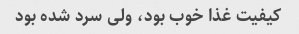
کیفیت غذا خوب بود، ولی سرد شده بود